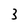
Character: 3